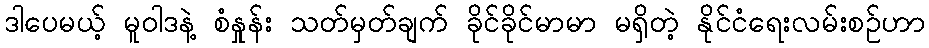
ဒါပေမယ့် မူဝါဒနဲ့ စံနှုန်း သတ်မှတ်ချက် ခိုင်ခိုင်မာမာ မရှိတဲ့ နိုင်ငံရေးလမ်းစဉ်ဟာ